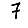
Digit: 7